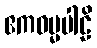
ဧကဓမ္မပါဠိ